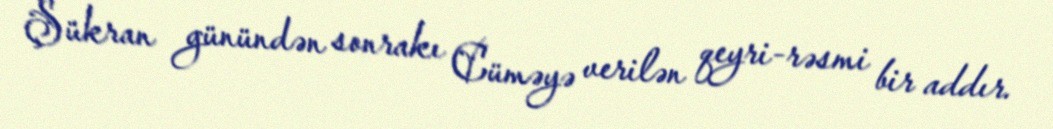
Şükran günündən sonrakı Cüməyə verilən qeyri-rəsmi bir addır.